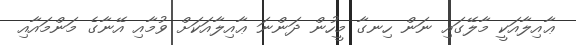
ޢާއިލާއަކީ މާލޭގައި ނަން ހިނގާ މީހުން ދަންނަ ޢާއިލާއަކަށް ވުމާއި އޭނާގެ މަންމައާއި